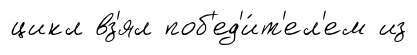
цикл вз'ял поб'ед'и́т'ел'ем из